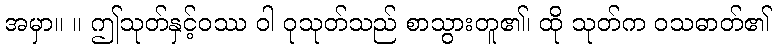
အမှာ။ ။ ဤသုတ်နှင့်ဝဿ ဝါ ဝုသုတ်သည် စာသွားတူ၏၊ ထို သုတ်က ဝသဓာတ်၏